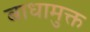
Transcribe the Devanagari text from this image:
बाधामुक्त